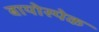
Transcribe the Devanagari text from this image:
बायोस्पेक